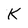
Character: K